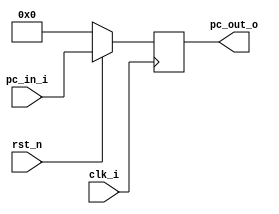
module Program_Counter(clk_i, rst_n, pc_in_i, pc_out_o);

//I/O ports
input           clk_i;
input	        rst_n;
input  [32-1:0] pc_in_i;
output [32-1:0] pc_out_o;
 
//Internal Signals
reg    [32-1:0] pc_out_o;

//Main function
always @(posedge clk_i) begin
    if(~rst_n)
	    pc_out_o <= 0;
	else
	    pc_out_o <= pc_in_i;
end

endmodule